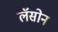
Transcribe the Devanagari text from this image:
लॅसोन